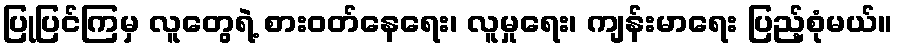
ပြုပြင်ကြမှ လူတွေရဲ့ စားဝတ်နေရေး၊ လူမှုရေး၊ ကျန်းမာရေး ပြည့်စုံမယ်။